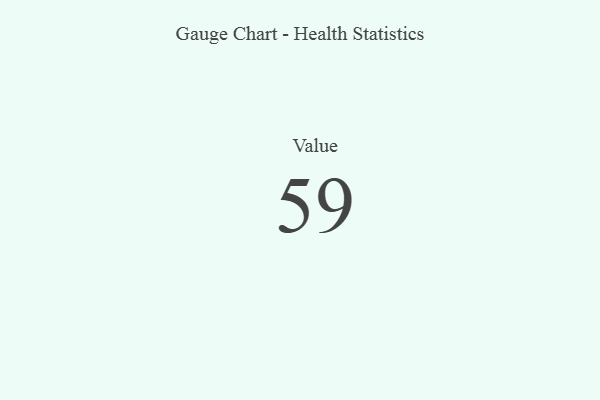
{"axis": {"x": "Metric", "y": "Value"}, "legend": [""], "data": [{"x": "Value", "y": 59, "type": ""}]}